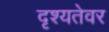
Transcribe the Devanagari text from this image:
दृश्यतेवर